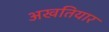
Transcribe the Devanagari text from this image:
अखतियार